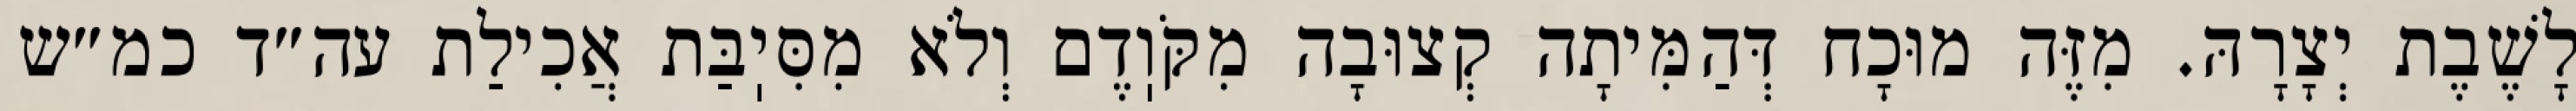
לָשֶׁבֶת יְצָרָהּ. מִזֶּה מוּכָח דְּהַמִּיתָה קְצוּבָה מִקֹּוֽדֶם וְלֹא מִסִּיֽבַּת אֲכִילַת עה״ד כמ״ש